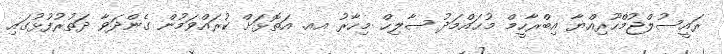
ރައީސުލްޖުމްހޫރިއްޔާ އިބްރާހީމް މުޙައްމަދު ޞާލިޙް މިހާރު އއ. އަތޮޅަށް ކުރައްވަމުން ގެންދަވާ ދަތުރުފުޅުގައި